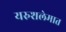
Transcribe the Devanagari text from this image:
यरुशलेमात